Senior Leaving Certificate Examination (including Day School Certificate (Higher) General paper), 1948
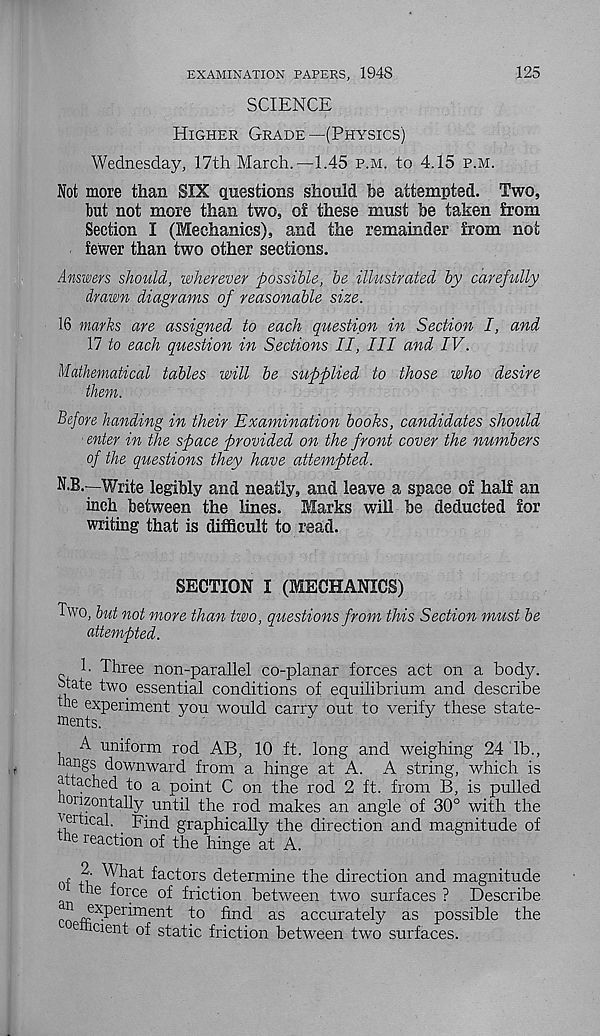
125
EXAMINATION PAPERS, 1948
SCIENCE
Higher Grade—(Physics)
Wednesday, 17th March.—1.45 p.m. to 4.15 p.m.
Not more than SIX questions should be attempted. Two,
but not more than two, of these must be taken from
Section I (Mechanics), and the remainder from not
fewer than two other sections.
Answers should, wherever possible, be illustrated by carefully
drawn diagrams of reasonable size.
16 marks are assigned to each question in Section I, and
17 to each question in Sections II, III and IV.
Mathematical tables will be supplied to those who desire
them.
Before handing in their Examination books, candidates should
■ enter in the space provided on the front cover the numbers
of the questions they have attempted.
N-B.—Write legibly and neatly, and leave a space of half an
inch between the lines. Marks will be deducted for
writing that is difficult to read.
SECTION I (MECHANICS)
Two, but not more than two, questions from this Section must be
attempted.
1. Three non-parallel co-planar forces act on a body.
8tate two essential conditions of equilibrium and describe
hie experiment you would carry out to verify these state-
ments.
A uniform rod AB, 10 ft. long and weighing 24 lb.,
downward from a hinge at A. A string, which is
attached to a point C on the rod 2 ft. from B, is pulled
onzontally until the rod makes an angle of 30° with the
vertical. . Find graphically the direction and magnitude of
e r suction of the hinge at A.
of ft ^h at ^a c^ors determine the direction and magnitude
he force of friction between two surfaces ? Describe
cn
"to find as accurately as possible the
etticient of static friction between two surfaces.